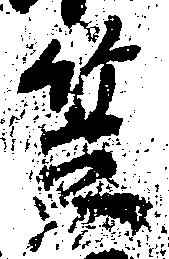
笠